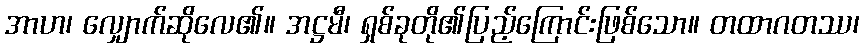
အာဟ၊ လျှောက်ဆိုလေ၏။ အဋ္ဌမီ၊ ရှစ်ခုတို၏ပြည့်ကြောင်းဖြစ်သော။ တထာဂတဿ၊